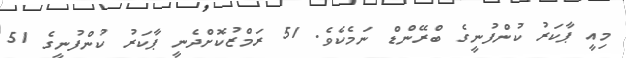
މިއީ ޕާކަރު ކުންފުނީގެ ބްރޭންޑް ނަމެކެވެ. 51 ރަމްޒުކޮށްދެނީ ޕާކަރު ކުންފުނީގެ 51